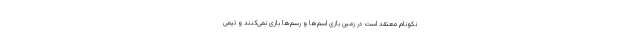
نکونام معتقد است در زمین بازی اسم‌ها و رسم‌ها بازی نمی‌کنند و تیمی